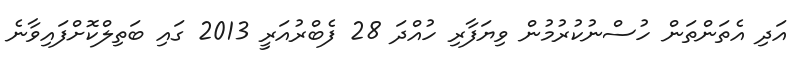
އަދި އެތަންތަން ހުސްނުކުރުމުން ވިޔަފާރި ހުއްދަ 28 ފެބްރުއަރީ 2013 ގައި ބަތިލްކޮށްފައިވާނެ